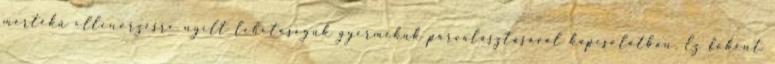
mértékű ellenőrzésre nyílt lehetőségük gyermekük párválasztásával kapcsolatban. Ez főként